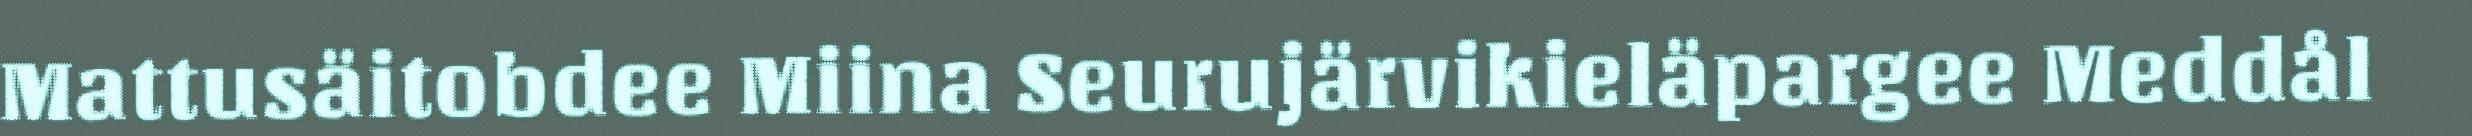
Mattusäitobdee Miina Seurujärvikieläpargee Meddål